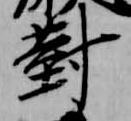
対